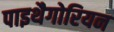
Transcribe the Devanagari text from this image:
पाइथैगोरियन